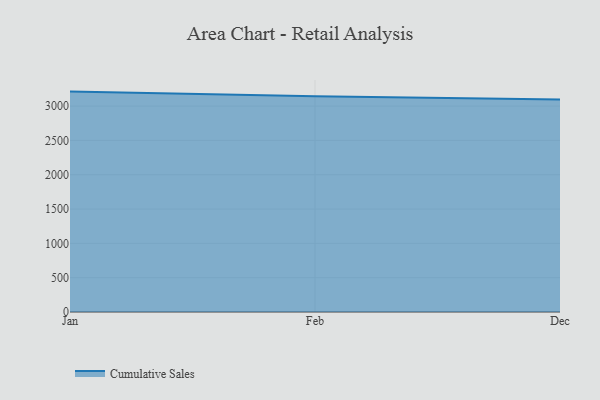
{"axis": {"x": "Month", "y": "Conversion Rate (%)"}, "legend": ["Cumulative Sales"], "data": [{"x": "Jan", "y": 3211.4, "type": "Cumulative Sales"}, {"x": "Feb", "y": 3142.6, "type": "Cumulative Sales"}, {"x": "Dec", "y": 3097.6, "type": "Cumulative Sales"}]}